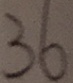
3 6